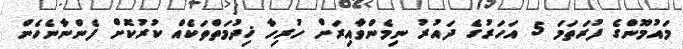
މައުމޫންގެ ފުރަތަމަ 5 އަހަރުގެ ދައުރު ނިމެންވާއިރަށް ހުރިހާ ޚިދުމަތްތަކެއް ކުރުކޮށް ފެންނާނެހެން